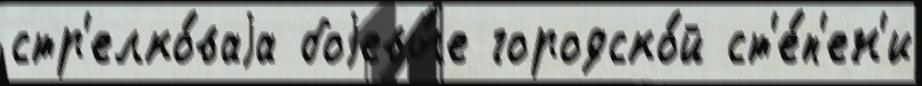
стр'елко́ваjа боjевы́е городско́й ст'е́п'ен'и